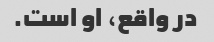
در واقع، او است.